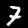
Label: 7